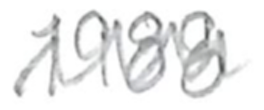
Text: 1988
Cross-out: zig-zag
Writing tool: pencil